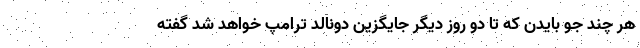
هر چند جو بایدن که تا دو روز دیگر جایگزین دونالد ترامپ خواهد شد گفته